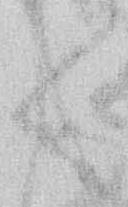
く